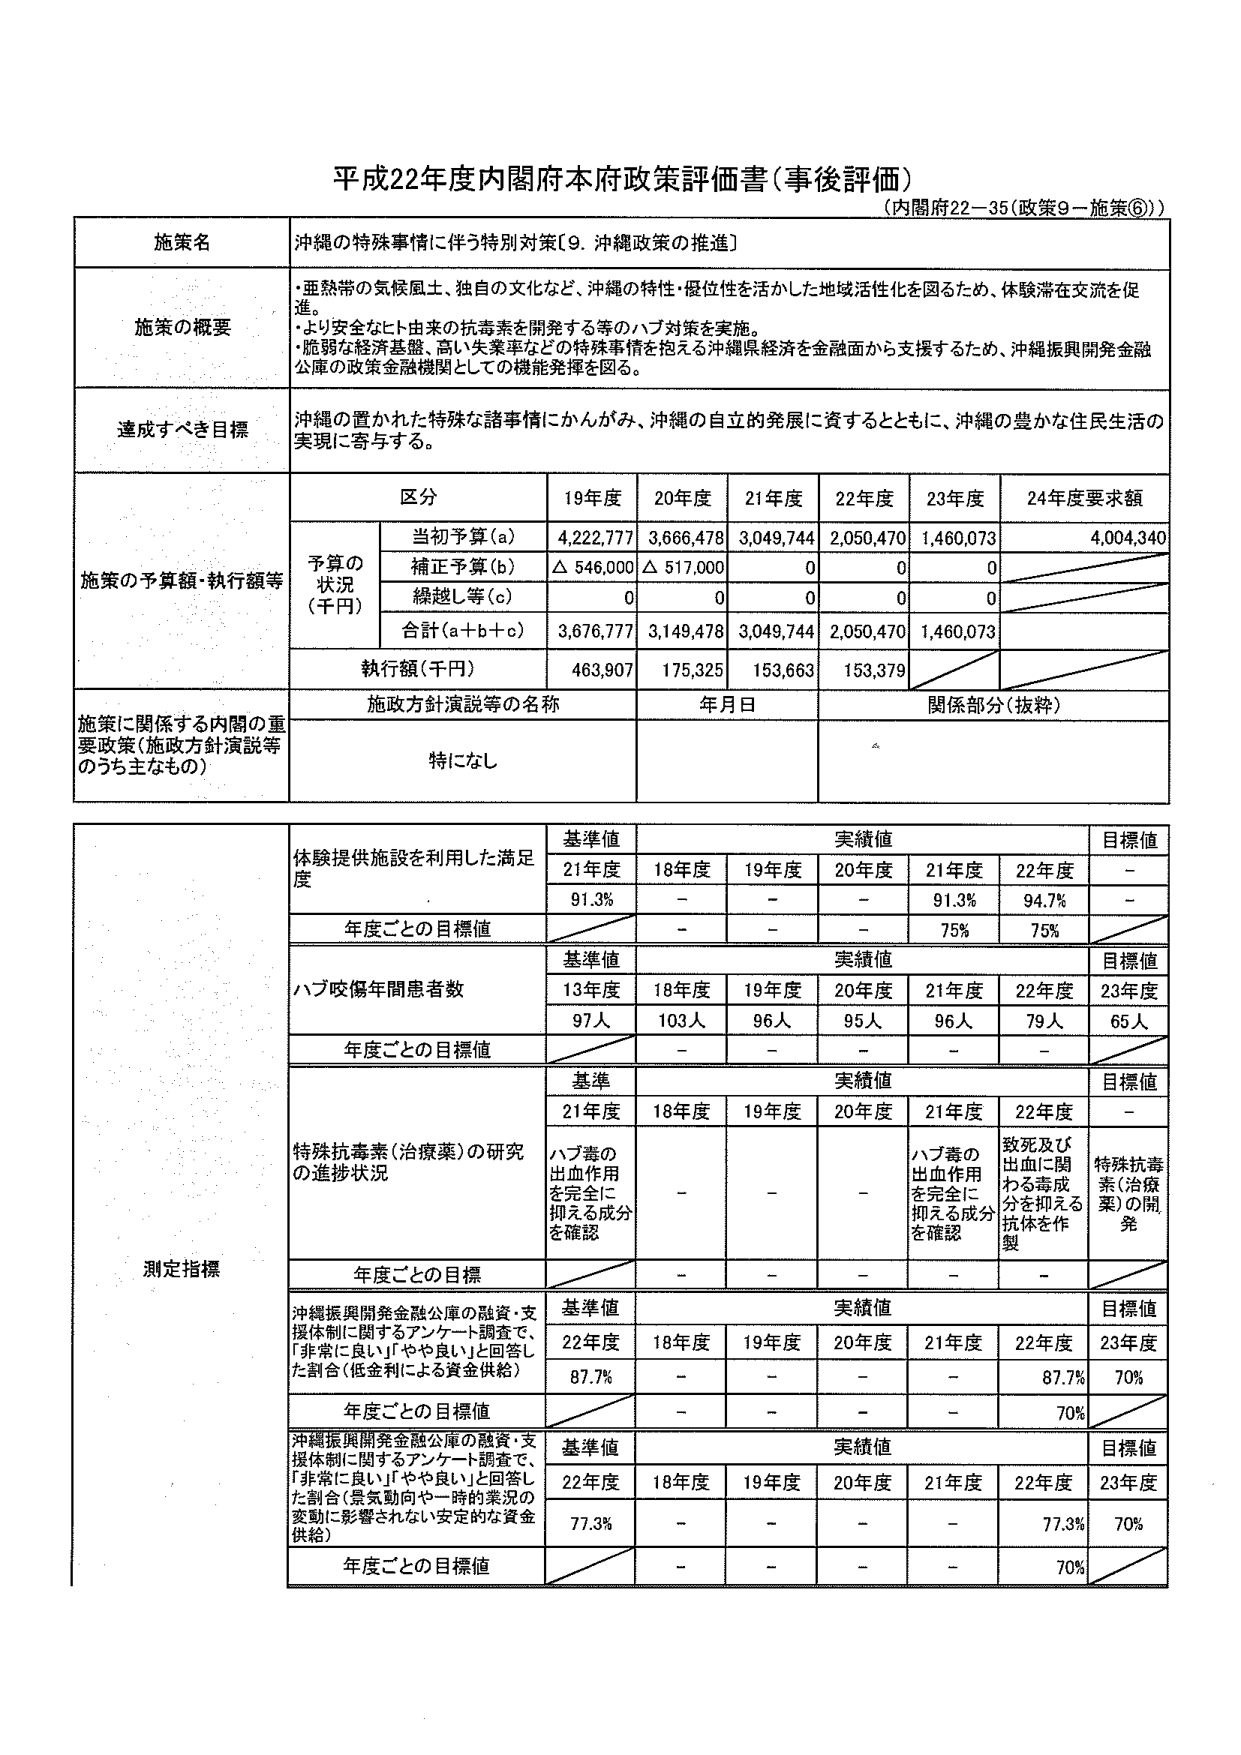
平成22年度内閣府本府政策評価書（事後評価）
（内閣府22－35（政策9－施策⑥））

施策名
沖縄の特殊事情に伴う特別対策［9．沖縄政策の推進］

施策の概要
・亜熱帯の気候風土、独自の文化など、沖縄の特性・優位性を活かした地域活性化を図るため、体験滞在交流を促進。
・より安全なヒト由来の抗毒素を開発する等のハブ対策を実施。
・脆弱な経済基盤、高い失業率などの特殊事情を抱える沖縄県経済を金融面から支援するため、沖縄振興開発金融公庫の政策金融機関としての機能発揮を図る。

達成すべき目標
沖縄の置かれた特殊な諸事情にかんがみ、沖縄の自立的発展に資するとともに、沖縄の豊かな住民生活の実現に寄与する。

施策の予算額・執行額等
区分 19年度 20年度 21年度 22年度 23年度 24年度要求額
予算の状況（千円）
当初予算（a） 4,222,777 3,666,478 3,049,744 2,050,470 1,460,073 4,004,340
補正予算（b） △ 546,000 △ 517,000 0 0 0
繰越し等（c） 0 0 0 0 0
合計（a＋b＋c） 3,676,777 3,149,478 3,049,744 2,050,470 1,460,073
執行額（千円） 463,907 175,325 153,663 153,379

施策に関係する内閣の重要政策（施政方針演説等のうち主なもの）
施政方針演説等の名称 年月日 関係部分（抜粋）
特になし

測定指標
体験提供施設を利用した満足度
基準値 実績値 目標値
21年度 18年度 19年度 20年度 21年度 22年度 －
91.3% － － － 91.3% 94.7% －
年度ごとの目標値 － － － 75% 75%

ハブ咬傷年間患者数
基準値 実績値 目標値
13年度 18年度 19年度 20年度 21年度 22年度 23年度
97人 103人 96人 95人 96人 79人 65人
年度ごとの目標値 － － － － －

特殊抗毒素（治療薬）の研究の進捗状況
基準 実績値 目標値
21年度 18年度 19年度 20年度 21年度 22年度 －
ハブ毒の出血作用を完全に抑える成分を確認 － － － ハブ毒の出血作用を完全に抑える成分を確認 致死及び出血に関わる毒成分を抑える抗体を作製 特殊抗毒素（治療薬）の開発
年度ごとの目標 － － － － －

沖縄振興開発金融公庫の融資・支援体制に関するアンケート調査で、「非常に良い」「やや良い」と回答した割合（低金利による資金供給）
基準値 実績値 目標値
22年度 18年度 19年度 20年度 21年度 22年度 23年度
87.7% － － － － 87.7% 70%
年度ごとの目標値 － － － － 70%

沖縄振興開発金融公庫の融資・支援体制に関するアンケート調査で、「非常に良い」「やや良い」と回答した割合（景気動向や一時的業況の変動に影響されない安定的な資金供給）
基準値 実績値 目標値
22年度 18年度 19年度 20年度 21年度 22年度 23年度
77.3% － － － － 77.3% 70%
年度ごとの目標値 － － － － 70%